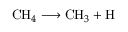
\mathrm { C H } _ { 4 } \longrightarrow \mathrm { C H } _ { 3 } + \mathrm { H }